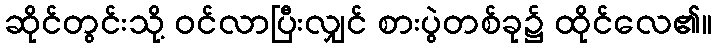
ဆိုင်တွင်းသို့ ဝင်လာပြီးလျှင် စားပွဲတစ်ခု၌ ထိုင်လေ၏။